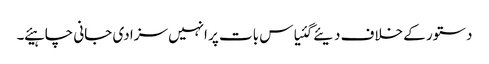
دستور کے خلاف دیئے گئیاس بات پر انہیں سزا دی جانی چاہیئے ۔